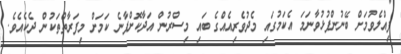
ފިއްލެވުމަށް ބޭނުންފުޅުވާނަމަ އެކަމުގައި މެދުވެރިއެއްގެ ބައި މިސްރުން އަދާކޮށްފާނެ ކަމަށް މިފަރާތްތަކުން ދެކެއެވެ.